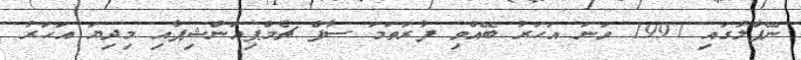
ނޭޕާލުގައި 1997 ވަނަ އަހަރު ބޭއްވި ފުރަތަމަ ސާފް ޗެމްޕިއަންޝިޕާއި މިދިޔަ އަހަރު